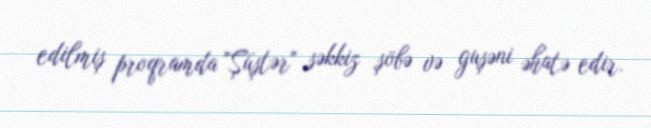
edilmiş proqramda "Şüştər" səkkiz şöbə və guşəni əhatə edir.